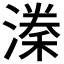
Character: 𭲈